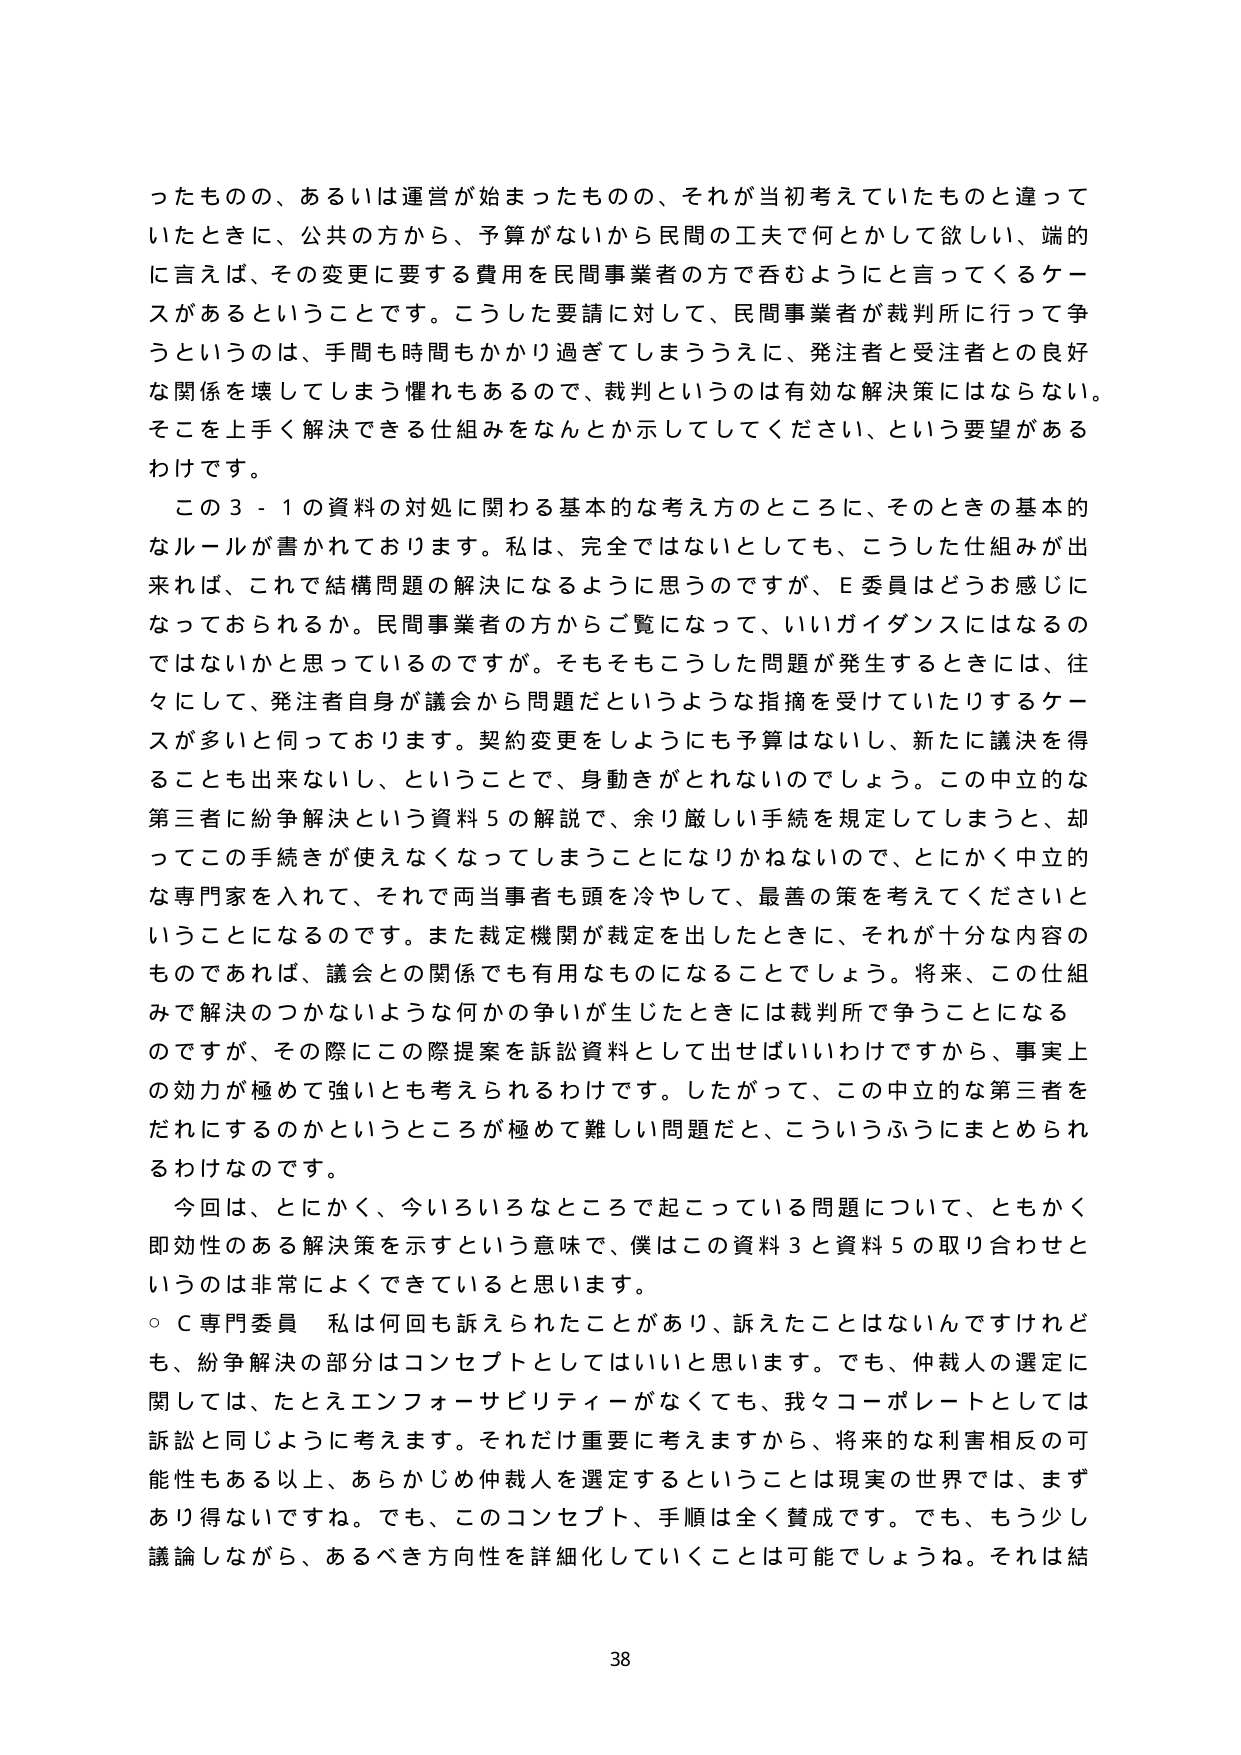
ったものの、あるいは運営が始まったものの、それが当初考えていたものと違って
いたときに、公共の方から、予算がないから民間の工夫で何とかして欲しい、端的
に言えば、その変更に要する費用を民間事業者の方で呑むようにと言ってくるケー
スがあるということです。こうした要請に対して、民間事業者が裁判所に行って争
うというのは、手間も時間もかかり過ぎてしまううえに、発注者と受注者との良好
な関係を壊してしまう懼れもあるので、裁判というのは有効な解決策にはならない。
そこを上手く解決できる仕組みをなんとか示してしてください、という要望がある
わけです。
この3-1の資料の対処に関わる基本的な考え方のところに、そのときの基本的
なルールが書かれております。私は、完全ではないとしても、こうした仕組みが出
来れば、これで結構問題の解決になるように思うのですが、E委員はどうお感じに
なっておられるか。民間事業者の方からご覧になって、いいガイダンスにはなるの
ではないかと思っているのですが。そもそもこうした問題が発生するときには、往
々にして、発注者自身が議会から問題だというような指摘を受けていたりするケー
スが多いと伺っております。契約変更をしようにも予算はないし、新たに議決を得
ることも出来ないし、ということで、身動きがとれないのでしょう。この中立的な
第三者に紛争解決という資料5の解説で、余り厳しい手続を規定してしまうと、却
ってこの手続きが使えなくなってしまうことになりかねないので、とにかく中立的
な専門家を入れて、それで両当事者も頭を冷やして、最善の策を考えてくださいと
いうことになるのです。また裁定機関が裁定を出したときに、それが十分な内容の
ものであれば、議会との関係でも有用なものになることでしょう。将来、この仕組
みで解決のつかないような何かの争いが生じたときには裁判所で争うことになる
のですが、その際にこの際提案を訴訟資料として出せばいいわけですから、事実上
の効力が極めて強いとも考えられるわけです。したがって、この中立的な第三者を
だれにするのかというところが極めて難しい問題だと、こういうふうにまとめられ
るわけです。
今回は、とにかく、今いろいろなところで起こっている問題について、ともかく
即効性のある解決策を示すという意味で、僕はこの資料3と資料5の取り合わせと
いうのは非常によくできていると思います。
○ C専門委員 私は何回も訴えられたことがあり、訴えたことはないんですけれど
も、紛争解決の部分はコンセプトとしてはいいと思います。でも、仲裁人の選定に
関しては、たとえエンフォーサビリティーがなくても、我々コーポレートとしては
訴訟と同じように考えます。それだけ重要に考えますから、将来的な利害相反の可
能性もある以上、あらかじめ仲裁人を選定するということは現実の世界では、まず
あり得ないですね。でも、このコンセプト、手順は全く賛成です。でも、もう少し
議論しながら、あるべき方向性を詳細化していくことは可能でしょうね。それは結
38